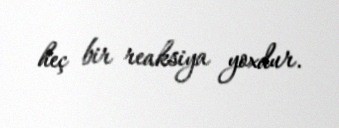
heç bir reaksiya yoxdur.